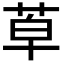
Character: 𦯑